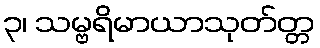
၃၊ သမ္ဗရိမာယာသုတ်တ္တ